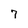
Character: 7